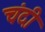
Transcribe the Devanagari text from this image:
चंदी